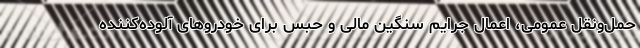
حمل‌ونقل عمومی، اعمال جرایم سنگین مالی و حبس برای خودروهای آلوده‌کننده